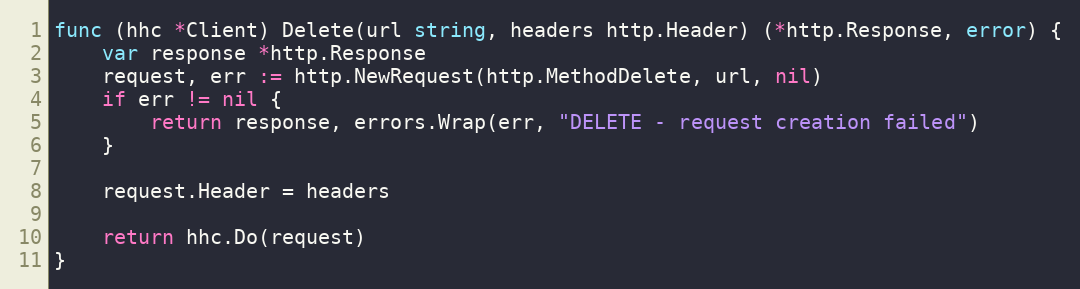
Language: Go
func (hhc *Client) Delete(url string, headers http.Header) (*http.Response, error) {
	var response *http.Response
	request, err := http.NewRequest(http.MethodDelete, url, nil)
	if err != nil {
		return response, errors.Wrap(err, "DELETE - request creation failed")
	}

	request.Header = headers

	return hhc.Do(request)
}